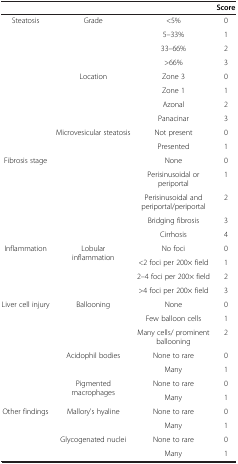
<table><thead><tr><td><b> </b></td><td><b> </b></td><td><b> </b></td><td><b>Score</b></td></tr></thead><tbody><tr><td rowspan="10">Steatosis</td><td rowspan="4">Grade</td><td>&lt;5%</td><td>0</td></tr><tr><td>5–33%</td><td>1</td></tr><tr><td>33–66%</td><td>2</td></tr><tr><td>&gt;66%</td><td>3</td></tr><tr><td rowspan="4">Location</td><td>Zone 3</td><td>0</td></tr><tr><td>Zone 1</td><td>1</td></tr><tr><td>Azonal</td><td>2</td></tr><tr><td>Panacinar</td><td>3</td></tr><tr><td rowspan="2">Microvesicular steatosis</td><td>Not present</td><td>0</td></tr><tr><td>Presented</td><td>1</td></tr><tr><td rowspan="5">Fibrosis stage</td><td rowspan="5"> </td><td>None</td><td>0</td></tr><tr><td>Perisinusoidal or periportal</td><td>1</td></tr><tr><td>Perisinusoidal and periportal/periportal</td><td>2</td></tr><tr><td>Bridging fibrosis</td><td>3</td></tr><tr><td>Cirrhosis</td><td>4</td></tr><tr><td rowspan="4">Inflammation</td><td rowspan="4">Lobular inflammation</td><td>No foci</td><td>0</td></tr><tr><td>&lt;2 foci per 200× field</td><td>1</td></tr><tr><td>2–4 foci per 200× field</td><td>2</td></tr><tr><td>&gt;4 foci per 200× field</td><td>3</td></tr><tr><td rowspan="7">Liver cell injury</td><td rowspan="3">Ballooning</td><td>None</td><td>0</td></tr><tr><td>Few balloon cells</td><td>1</td></tr><tr><td>Many cells/ prominent ballooning</td><td>2</td></tr><tr><td rowspan="2">Acidophil bodies</td><td>None to rare</td><td>0</td></tr><tr><td>Many</td><td>1</td></tr><tr><td rowspan="2">Pigmented macrophages</td><td>None to rare</td><td>0</td></tr><tr><td>Many</td><td>1</td></tr><tr><td rowspan="3">Other findings</td><td rowspan="2">Mallory&#x27;s hyaline</td><td>None to rare</td><td>0</td></tr><tr><td>Many</td><td>1</td></tr><tr><td>Glycogenated nuclei</td><td>None to rare</td><td>0</td></tr><tr><td> </td><td> </td><td>Many</td><td>1</td></tr></tbody></table>